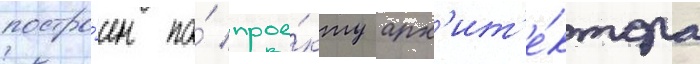
постро́ен по́ прое́кту арх'ит'е́ктора